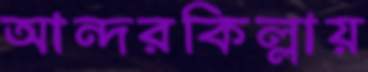
আন্দরকিল্লায়